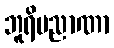
ဘူရိပညာဏာ